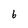
Character: 6